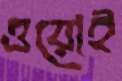
ওয়োই